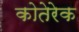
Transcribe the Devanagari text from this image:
कोतेरेक